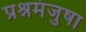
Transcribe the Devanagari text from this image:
प्रश्नमंजुषा